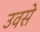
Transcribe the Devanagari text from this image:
उवसे